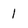
Character: 1